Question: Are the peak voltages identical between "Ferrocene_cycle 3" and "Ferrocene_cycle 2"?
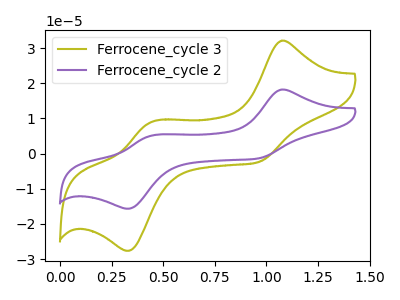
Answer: <think>The olive curve "Ferrocene_cycle 3" has anodic peaks at (1.05V, 32.10uA) (0.45V, 8.85uA) and cathodic peaks at (0.95V, -2.45uA) (0.35V, -27.65uA). The purple curve "Ferrocene_cycle 2" has anodic peaks at (1.05V, 18.20uA) (0.45V, 5.00uA) and cathodic peaks at (0.95V, -1.40uA) (0.35V, -15.65uA).</think>
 <answer>Yes, "Ferrocene_cycle 3" have a peak in "Ferrocene_cycle 2" at the same potential.</answer>
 <eval>match</eval>